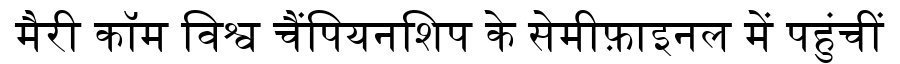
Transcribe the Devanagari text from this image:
मैरी कॉम विश्व चैंपियनशिप के सेमीफ़ाइनल में पहुंचीं